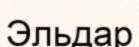
Эльдар